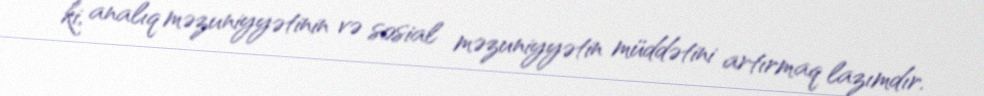
ki, analıq məzuniyyətinin və sosial məzuniyyətin müddətini artırmaq lazımdır.